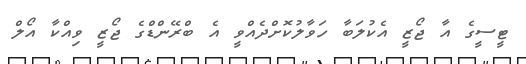
ޓީސީގެ އާ ޖޯޒީ އެކުލަބާ ހަވާލުކޮށްދެއްވީ އެ ބްރޭންޑްގެ ޖޯޒީ ވިއްކާ އޯލް